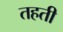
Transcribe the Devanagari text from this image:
तहती